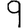
Digit: 9